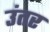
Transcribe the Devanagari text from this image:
उंतर